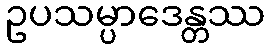
ဥပသမ္ပာဒေန္တဿ